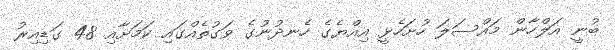
ބުނީ އަލްހާން މައްސަލަ ހުށަހެޅީ އިއްޔެގެ ހެނދުނުގެ ވަގުތެއްގައި ކަމަށާއި 48 ގަޑިއިރު